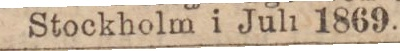
Stockholm i Juli 1869.